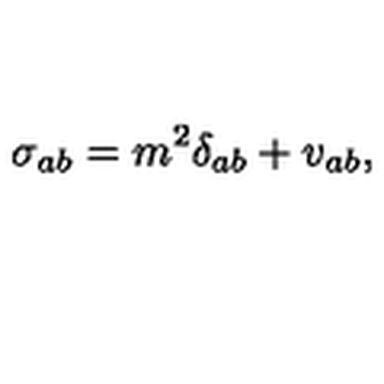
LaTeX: \sigma _ { a b } = m ^ { 2 } \delta _ { a b } + v _ { a b } ,